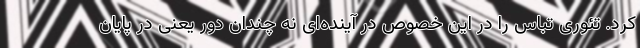
کرد. تئوری تباس را در این خصوص در آینده‌ای نه چندان دور یعنی در پایان